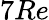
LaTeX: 7Re